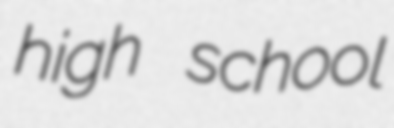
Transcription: high school